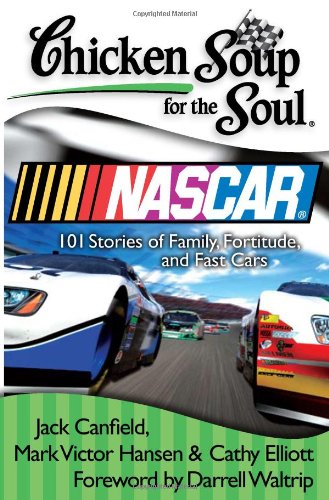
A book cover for Chicken Soup for the Soul: Nascar: 101 Stories of Family, Fortitude, and Fast Cars; Jack Canfield; Sports & Outdoors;